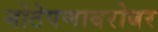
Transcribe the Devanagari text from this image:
मोठेपणाबरोबर